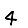
Digit: 4